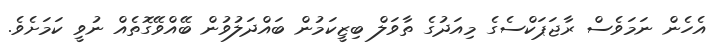
އެހެން ނަމަވެސް ރާޖަޕަކްސެގެ މިއަދުގެ ތާވަލް ބިޒީކަމުން ބައްދަލުވުން ބޭއްވޭގޮތެއް ނުވީ ކަމަށެވެ.